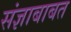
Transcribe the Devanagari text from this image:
संज्ञाबाबत